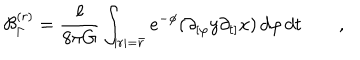
{ \cal B } _ { \Gamma } ^ { ( r ) } = \frac { \ell } { 8 \pi G } \int _ { | r | = \bar { r } } e ^ { - \phi } ( \partial _ { [ \varphi } y \partial _ { t ] } x ) \, d \varphi \, d t \qquad ,